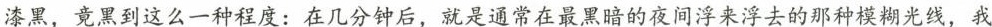
漆黑，竟黑到这么一种程度：在几分钟后，就是通常在最黑暗的夜间浮来浮去的那种模糊光线，我